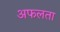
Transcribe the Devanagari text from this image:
अफलता